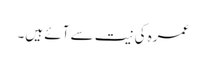
عمرہ کی نیت سے آئے ہیں۔